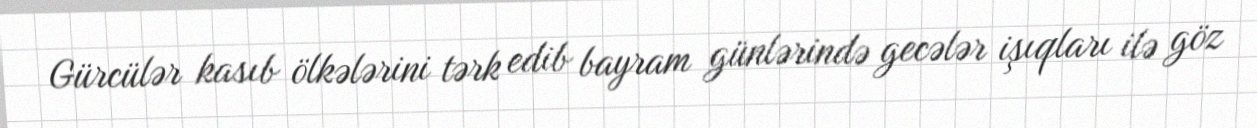
Gürcülər kasıb ölkələrini tərk edib bayram günlərində gecələr işıqları ilə göz